Vaccination report Assam 1874-1896 - 1874-1896
Year: 1874
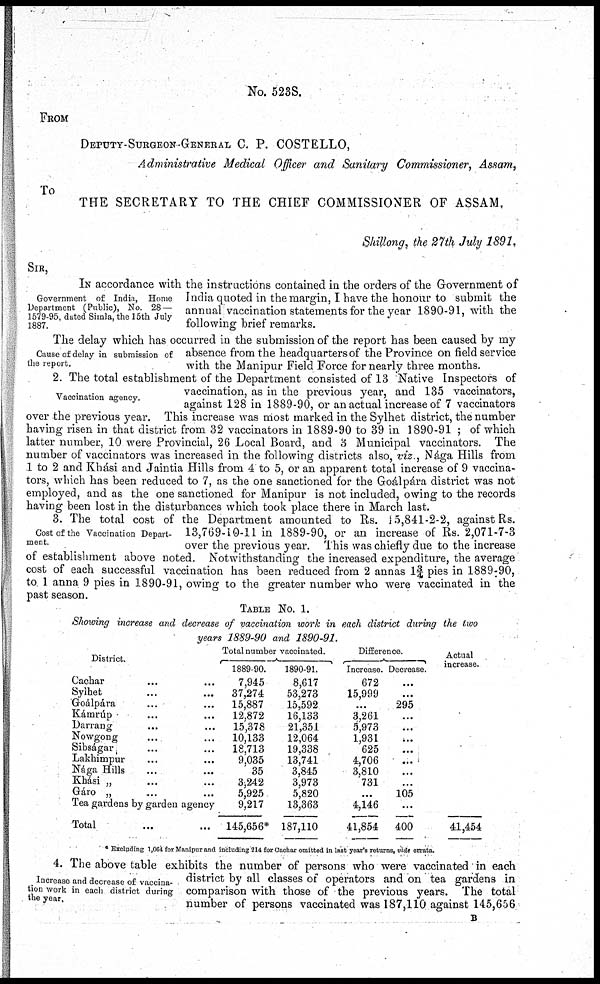
No. 523S.
FROM
DEPUTY-SURGEON-GENERAL C. P. COSTELLO,
Administrative Medical Officer and Sanitary Commissioner, Assam,
To
THE SECRETARY TO THE CHIEF COMMISSIONER OF ASSAM,
Shillong, the 27th July 1891,
SIR,
Government of India, Home
Department (Public), No. 28 —
1579-95, dated Simla, the 15th July
1887.
IN accordance with the instructions contained in the orders of the Government of
India quoted in the margin, I have the honour to submit the
annual vaccination statements for the year 1890-91, with the
following brief remarks.
Cause of delay in submission of
the report.
The delay which has occurred in the submission of the report has been caused by my
absence from the headquarters of the Province on field service
with the Manipur Field Force for nearly three months.
Vaccination agency.
2. The total establishment of the Department consisted of 13 "Native Inspectors of
vaccination, as in the previous year, and 135 vaccinators,
against 128 in 1889-90, or an actual increase of 7 vaccinators
over the previous year. This increase was most marked in the Sylhet district, the number
having risen in that district from 32 vaccinators in 1889-90 to 39 in 1890-91 ; of which
latter number, 10 were Provincial, 26 Local Board, and 3 Municipal vaccinators. The
number of vaccinators was increased in the following districts also, viz., Nága Hills from
1 to 2 and Khási and Jaintia Hills from 4 to 5, or an apparent total increase of 9 vaccina-
tors, which has been reduced to 7, as the one sanctioned for the Goálpára district was not
employed, and as the one sanctioned for Manipur is not included, owing to the records
having been lost in the disturbances which took place there in March last.
Cost of the Vaccination Depart-
ment.
3. The total cost of the Department amounted to Rs. 15,841-2-2, against Rs.
13,769-10-11 in 1889-90, or an increase of Rs. 2,071-7-3
over the previous year. This was chiefly due to the increase
of establishment above noted. Notwithstanding the increased expenditure, the average
cost of each successful vaccination has been reduced from 2 annas 1¾ pies in 1889-90,
to 1 anna 9 pies in 1890-91, owing to the greater number who were vaccinated in the
past season.
TABLE No.
1.
Showing increase and decrease of vaccination work in each district during the two
years 1889-90 and
1890-91.
District.
Cachar ... ...
Sylhet ... ...
Goálpára ... ...
Kámrúp ... ...
Darrang ... ...
Nowgong ... ...
Sibságar ... ...
Lakhimpur ... ...
Nága Hills ... ...
Khási „ ... ...
Gáro „ ... ...
Tea gardens by garden agency
Total ... ...
Total number vaccinated.
1889-90.
7,945
37,274
15,887
12,872
15,378
10,133
18,713
9,035
35
3,242
5,925
9,217
145,656*
1890-91.
8,617
53,273
15,592
16,133
21,351
12,064
19,338
13,741
3,845
3,973
5,820
13,363
187,110
Difference.
Increase.
672
15,999
...
3,261
5,973
1,931
625
4,706
3,810
731
...
4,146
41,854
Decrease.
...
...
295
...
...
...
...
...
...
...
105
...
400
Actual
increase.
...
...
...
...
...
...
...
...
...
...
...
...
41,454
* Excluding 1,064 for Manipur and including 214 for Cachar omitted in last year's returns, vide errata.
Increase and decrease of vaccina-
tion work in each district during
the year,
4. The above table exhibits the number of persons who were vaccinated in each
district by all classes of operators and on tea gardens in
comparison with those of the previous years. The total
number of persons vaccinated was 187,110 against 145,656
B